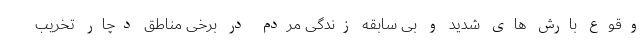
وقوع بارش های شدید و بی سابقه زندگی مردم در برخی مناطق دچار تخریب